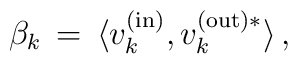
\beta_k \, = \, \langle v_k^{\rm (in)}, v_k^{\rm (out)*}\rangle  \, ,